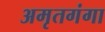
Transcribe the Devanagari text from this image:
अमृतगंगा